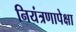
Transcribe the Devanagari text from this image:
नियंत्रणापेक्षा